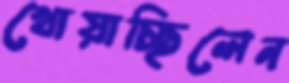
খোয়াচ্ছিলেন